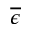
\overline { \epsilon }